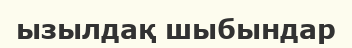
ызылдақ шыбындар